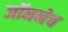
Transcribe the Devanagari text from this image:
जॉननेच